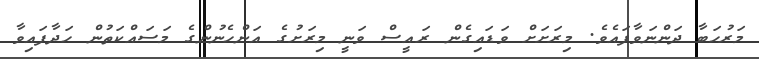
މަރުހަބާ ދަންނަވާފައެވެ. މިރަށަށް ވަޑައިގެން ރައީސް ވަނީ މިރަށުގެ އަންހެނުންގެ މަސައްކަތުން ހަދާފައިވާ